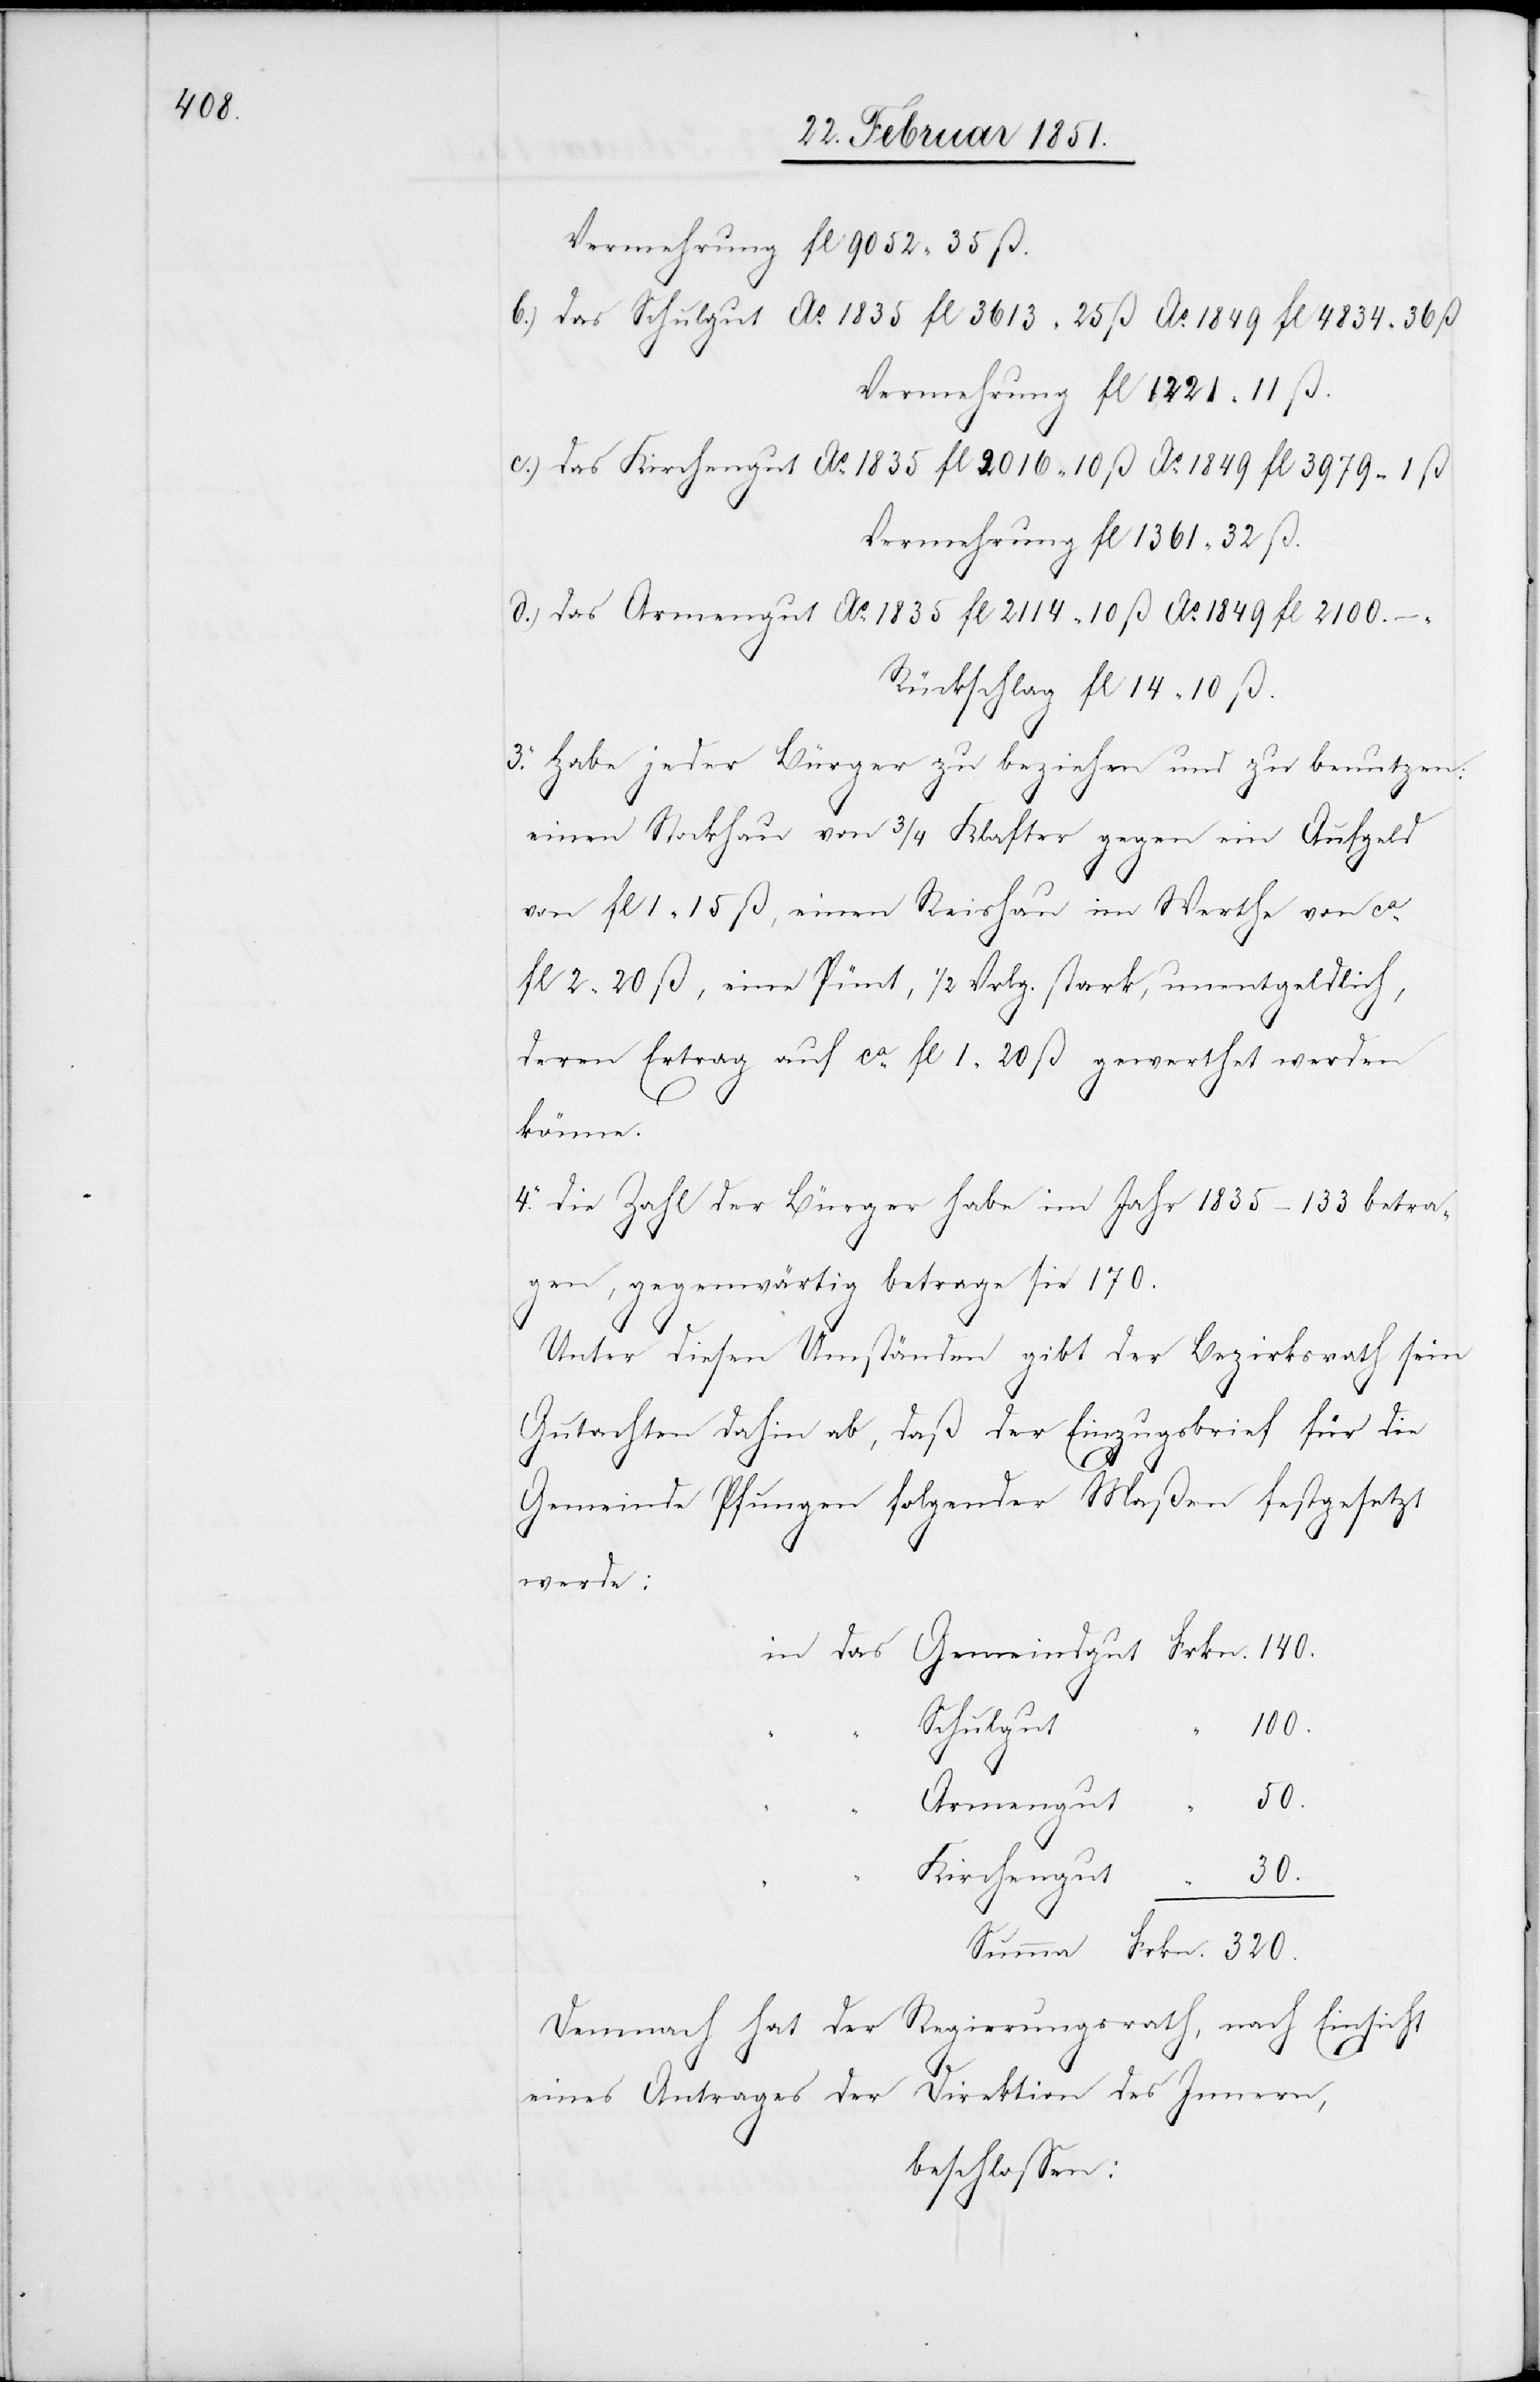
2100.

Vermehrung fl 9052 35 ß.
Vermehrung fl 1221 11 ß.
Vermehrung fl 1361 32 ß.
Rückschlag fl 14 10 ß.
3. Habe jeder Bürger zu beziehen und zu benutzen:
einen Stockhau von 3/4 Klafter gegen ein Aufgeld
von fl 1 15 ß, einen Reishau im Werthe von ca.
fl 2 20 ß, eine Pünt, 1/2 Vrlg. stark, unentgeldlich,
deren Ertrag auf ca. fl 1 20 ß gewerthet werden
könne.
4. die Zahl der Bürger habe im Jahr 1835 – 133 betra¬
gen, gegenwärtig betrage sie 170.
Unter diesen Umständen gibt der Bezirksrath sein
Gutachten dahin ab, daß der Einzugsbrief für die
Gemeinde Pfungen folgender Maßen festgesetzt
werde:
Schulgut
100.
50.
Armengut
“
Kirchengut
320.
Frkn.
Demnach hat der Regierungsrath, nach Einsicht
Ao.
eines Antrages der Direktion des Innern,
beschlossen: